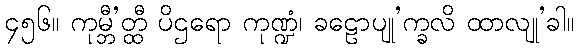
၄၅၆။ ကုမ္ဘီ’တ္ထီ ပိဌရော ကုဏ္ဍံ၊ ခဠောပျု’က္ခလိ ထာလျု’ခါ။